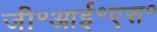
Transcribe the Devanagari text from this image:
जी॰आई॰एस॰